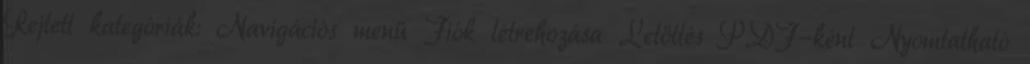
Rejtett kategóriák: Navigációs menü Fiók létrehozása Letöltés PDF-ként Nyomtatható